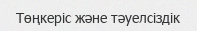
Төңкеріс және тәуелсіздік